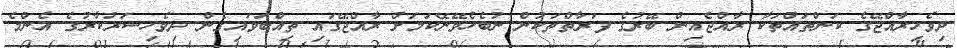
ދިވެހިރާއްޖޭގެ ކަންތައްތަކާ ރާއްޖެއިން ބޭރުގެ ފަރާތްތަކުން ނުބެހެވޭނޭކަމަށް ރާއްޖޭގައި ތިއްބަވައިގެން ދިވެހިސަރުކާރުގެ އެންމެ